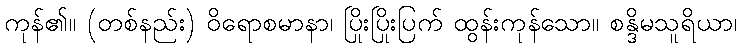
ကုန်၏။ (တစ်နည်း) ဝိရောစမာနာ၊ ပြိုးပြိုးပြက် ထွန်းကုန်သော။ စန္ဒိမသူရိယာ၊